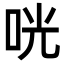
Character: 咣